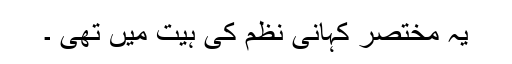
یہ مختصر کہانی نظم کی ہیّت میں تھی ۔